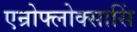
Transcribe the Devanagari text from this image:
एन्रोफ्लोक्सासिं